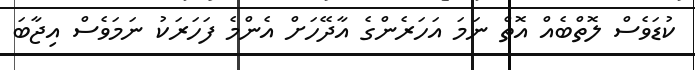
ކުޑަވެސް ލޮތްބެއް އޮތް ނަމަ އަހަރެންގެ އާދޭހަށް އެންމެ ފަހަރަކު ނަމަވެސް އިޖާބަ